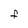
Character: F